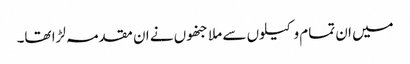
میں ان تمام وکیلوں سے ملا جنھوں نے ان مقدمہ لڑا تھا۔